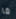
ما